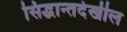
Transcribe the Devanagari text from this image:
सिद्धान्तदेखील